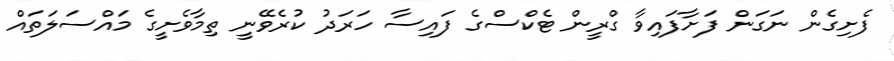
ފެށިގެން ނަގަން ފަށާފައިވާ ގްރީން ޓެކްސްގެ ފައިސާ ހަރަދު ކުރެވޭނީ ތިމާވެށީގެ މައްސަލަތައް